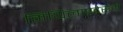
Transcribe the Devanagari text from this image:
मिथिलाप्रदेसमे